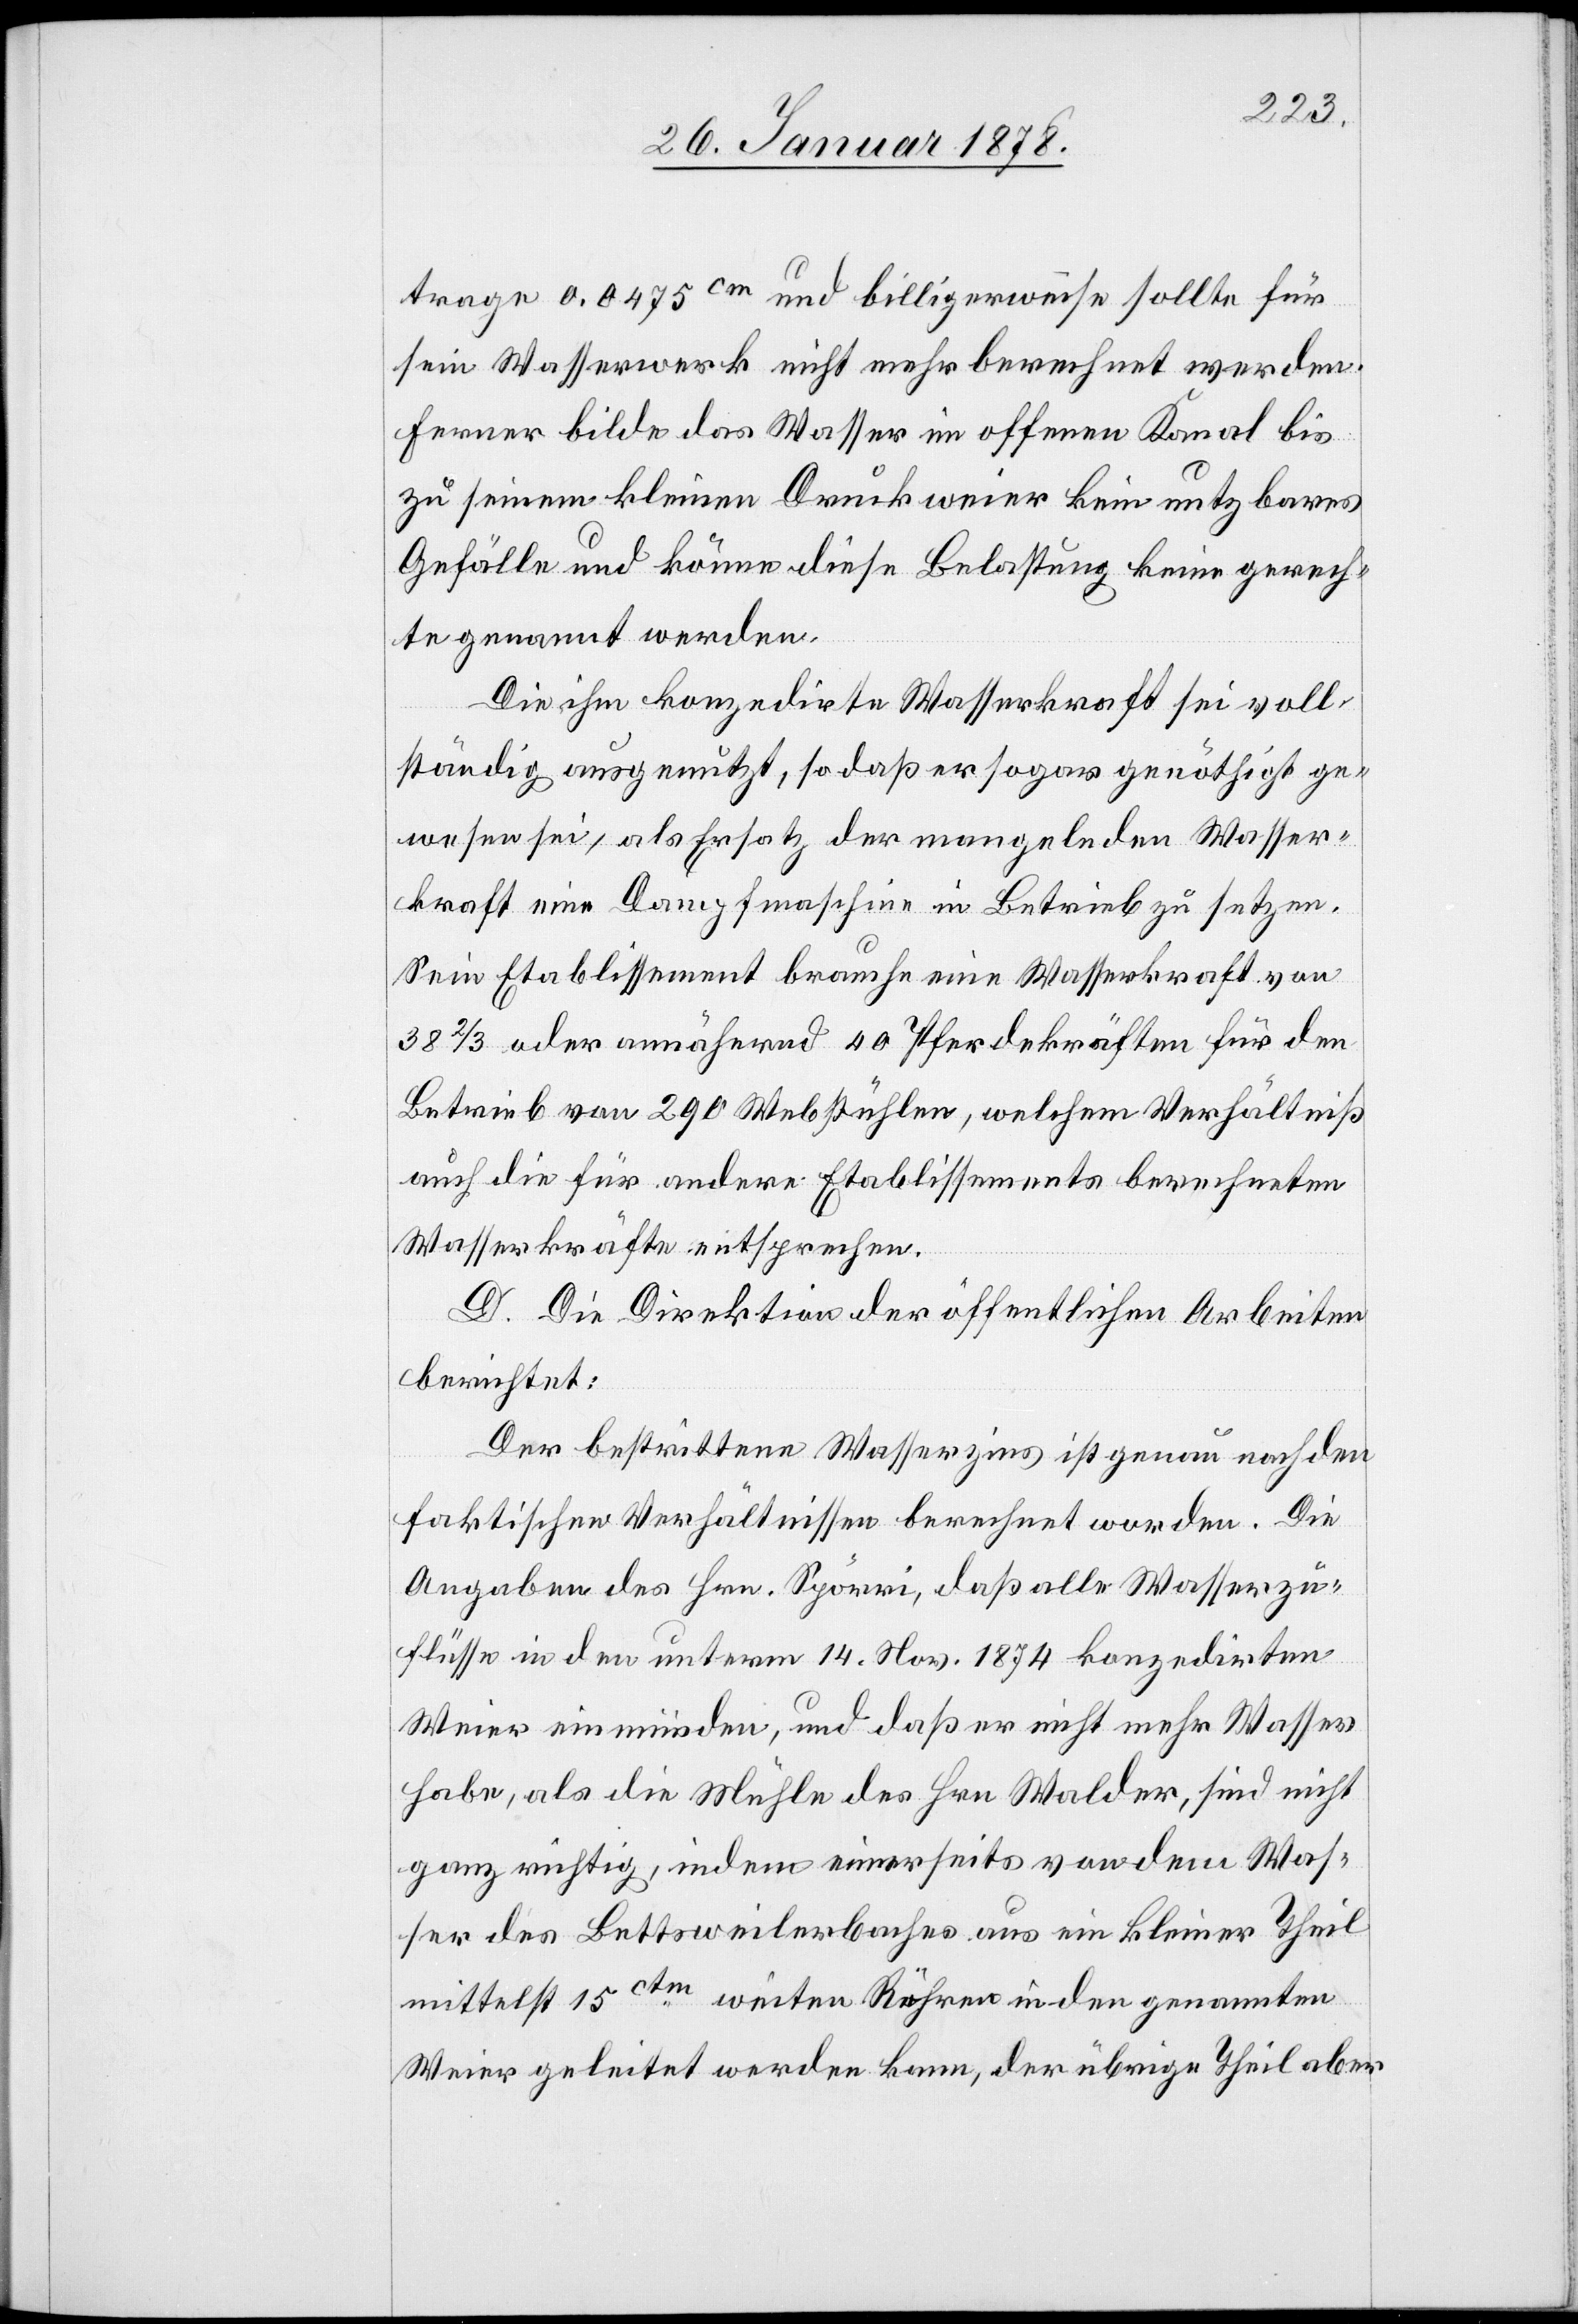
trage 0.0475 cm und billigerweise sollte für
sein Wasserwerk nicht mehr berechnet werden.
Ferner bilde das Wasser im offenen Kanal bis
zu seinem kleinen Druckweier kein nutzbares
Gefälle und könne diese Belastung keine gerech¬
te genannt werden.
Die ihm konzedirte Wasserkraft sei voll¬
ständig ausgenutzt, so daß er sogar genöthigt ge¬
wesen sei, als Ersatz der mangelnden Wasser¬
kraft eine Dampfmaschine in Betrieb zu setzen.
Sein Etablissement brauche eine Wasserkraft von
38 2/3 oder annährend 40 Pferdekräften für den
Betrieb von 290 Webstühlen, welchem Verhältniß
auch die für andere Etablissements berechneten
Wasserkräfte entsprechen.
D. Die Direktion der öffentlichen Arbeiten
berichtet:
Der bestrittene Wasserzins ist genau nach den
faktischen Verhältnissen berechnet worden. Die
Ausgaben des Hrn. Spörri, daß alle Wasserzu¬
flüsse in den unterm 14. Nov. 1874 konzedirten
Weier einmünden, und daß er nicht mehr Wasser
habe, als die Mühle des Hrn. Walder, sind nicht
ganz richtig, indem einerseits von dem Was¬
ser des Bettsweilerbaches aus ein kleiner Theil
mittelst 15 ctm. weiten Röhren in den genannten
Weier geleitet werden kann, der übrige Theil aber